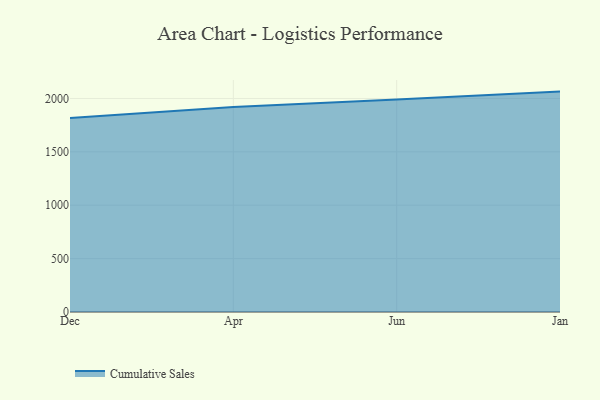
{"axis": {"x": "Month", "y": "Shipments"}, "legend": ["Cumulative Sales"], "data": [{"x": "Dec", "y": 1816.6, "type": "Cumulative Sales"}, {"x": "Apr", "y": 1920.0, "type": "Cumulative Sales"}, {"x": "Jun", "y": 1989.9, "type": "Cumulative Sales"}, {"x": "Jan", "y": 2064.3, "type": "Cumulative Sales"}]}